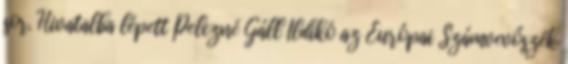
sor. Hivatalba lépett Pelczné Gáll Ildikó az Európai Számvevőszék